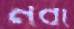
নবা